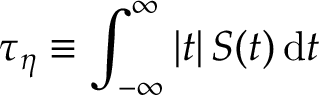
\tau _ { \eta } \equiv \int _ { - \infty } ^ { \infty } \left| t \right| S ( t ) \, \mathrm { d } t